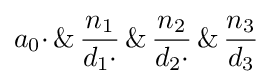
{a_{0}\cdot }\,\&\,{\frac {n_{1}}{d_{1}\cdot }}\,\&\,{\frac {n_{2}}{d_{2}\cdot }}\,\&\,{\frac {n_{3}}{d_{3}}}